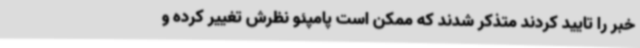
خبر را تایید کردند متذکر شدند که ممکن است پامپئو نظرش تغییر کرده و